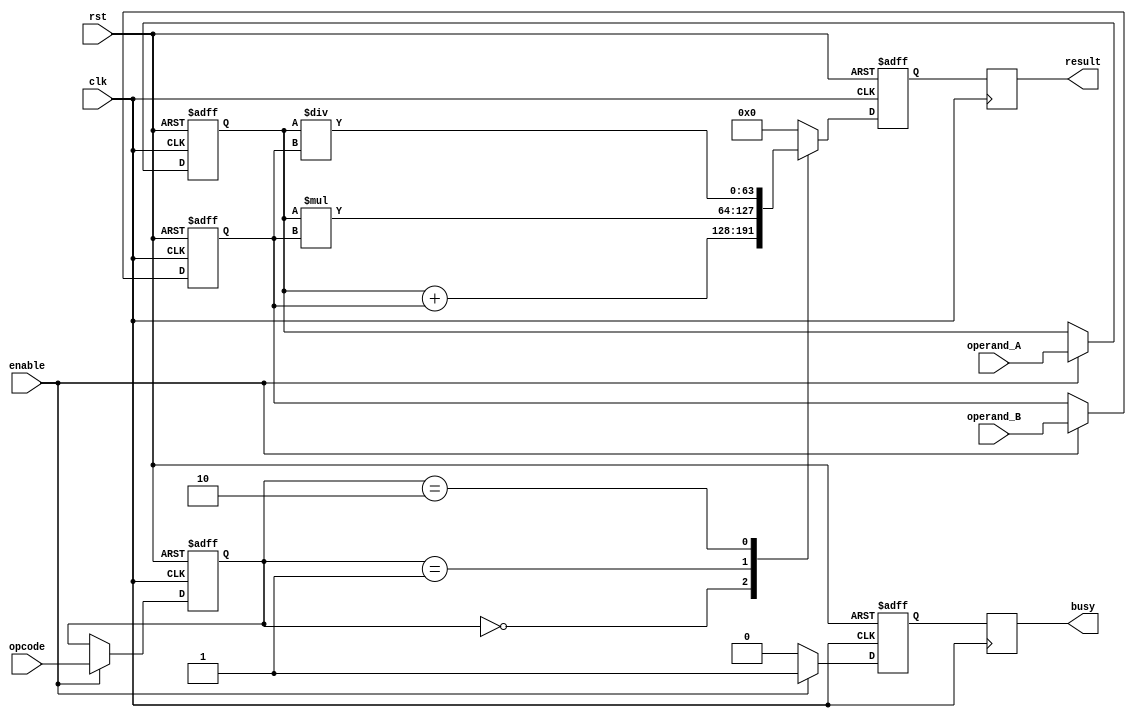
module DoublePrecisionFPU (
    input wire clk,
    input wire rst,
    input wire enable,
    input wire [63:0] operand_A,
    input wire [63:0] operand_B,
    input wire [3:0] opcode, // 0: add, 1: multiply, 2: divide
    output reg [63:0] result,
    output reg busy
);

reg [63:0] reg_operand_A;
reg [63:0] reg_operand_B;
reg [3:0] reg_opcode;
reg [63:0] reg_result;
reg reg_busy;

always @(posedge clk or posedge rst) begin
    if (rst) begin
        reg_operand_A <= 64'b0;
        reg_operand_B <= 64'b0;
        reg_opcode <= 4'b0;
        reg_result <= 64'b0;
        reg_busy <= 1'b0;
    end else begin
        reg_operand_A <= enable ? operand_A : reg_operand_A;
        reg_operand_B <= enable ? operand_B : reg_operand_B;
        reg_opcode <= enable ? opcode : reg_opcode;

        case (reg_opcode)
            4'b0000: reg_result <= reg_operand_A + reg_operand_B; // floating point adder
            4'b0001: reg_result <= reg_operand_A * reg_operand_B; // floating point multiplier
            4'b0010: reg_result <= reg_operand_A / reg_operand_B; // floating point divider
            default: reg_result <= 64'b0;
        endcase

        reg_busy <= enable ? 1'b1 : 1'b0;
    end
end

always @(posedge clk) begin
    result <= reg_result;
    busy <= reg_busy;
end

endmodule